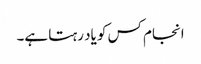
انجام کس کو یاد رہتا ہے۔